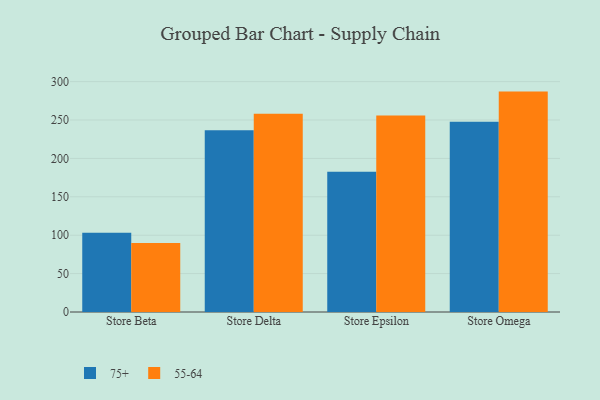
{"axis": {"x": "Store", "y": "Budget (USD K)"}, "legend": ["55-64", "75+"], "data": [{"x": "Store Beta", "y": 103.2, "type": "75+"}, {"x": "Store Beta", "y": 89.8, "type": "55-64"}, {"x": "Store Delta", "y": 236.7, "type": "75+"}, {"x": "Store Delta", "y": 258.0, "type": "55-64"}, {"x": "Store Epsilon", "y": 182.6, "type": "75+"}, {"x": "Store Epsilon", "y": 256.0, "type": "55-64"}, {"x": "Store Omega", "y": 247.9, "type": "75+"}, {"x": "Store Omega", "y": 287.0, "type": "55-64"}]}